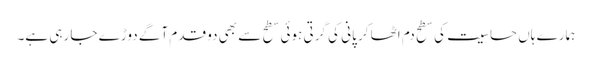
ہمارے ہاں حساسیت کی سطح دم اٹھا کر پانی کی گرتی ہوئی سطح سے بھی دو قدم آگے دوڑے جا رہی ہے۔